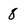
Character: 8